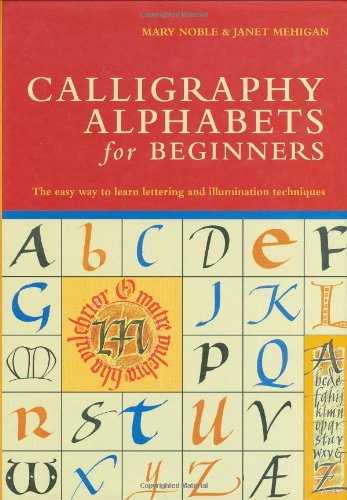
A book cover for Calligraphy Alphabets for Beginners: The Easy Way to Learn Lettering and Illumination Techniques; Mary Noble; Arts & Photography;